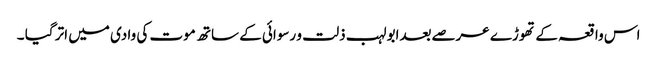
اس واقعہ کے تھوڑے عرصےبعدابولہب ذلت و رسوائی کے ساتھ موت کی وادی میں اتر گیا ۔